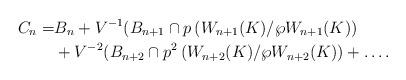
LaTeX: \begin{align*}C_n =& B_n + V^{-1}(B_{n+1} \cap p \left( W_{n+1}(K)/\wp W_{n+1}(K) \right) \\&+ V^{-2}(B_{n+2} \cap p^2 \left( W_{n+2}(K)/\wp W_{n+2}(K) \right) + \ldots.\end{align*}